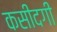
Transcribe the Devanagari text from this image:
कसीदगी